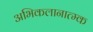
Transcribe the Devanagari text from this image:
अभिकलानात्म्क